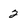
Character: 2